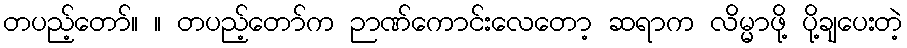
တပည့်တော်။ ။ တပည့်တော်က ဉာဏ်ကောင်းလေတော့ ဆရာက လိမ္မာဖို့ ပို့ချပေးတဲ့